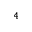
^ 4